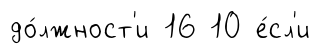
до́лжност'и 16 10 е́сл'и